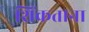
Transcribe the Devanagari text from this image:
शिंकताना